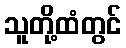
သူတို့ထံတွင်